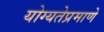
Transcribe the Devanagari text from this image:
योग्यतेप्रमाणे